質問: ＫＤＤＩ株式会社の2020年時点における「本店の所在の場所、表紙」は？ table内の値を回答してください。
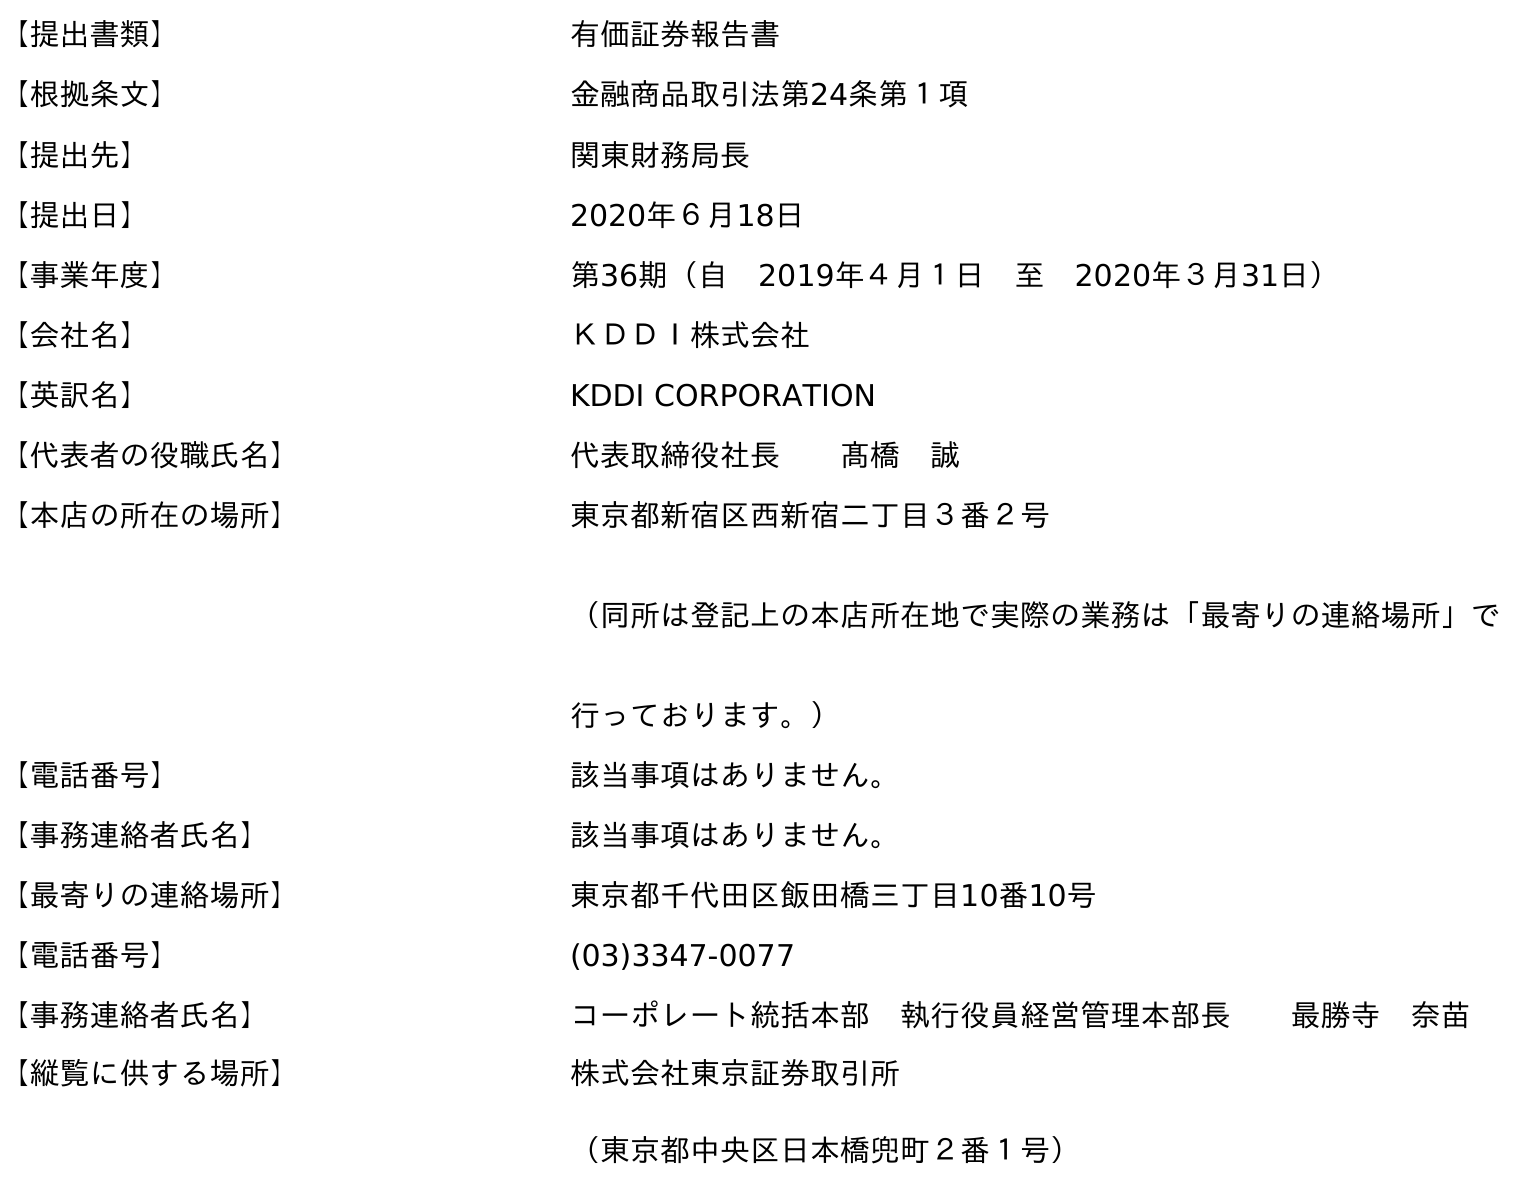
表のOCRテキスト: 【提出書類】 有価証券報告書 【根拠条文】 金融商品取引法第24条第１項 【提出先】 関東財務局長 【提出日】 2020年６月18日 【事業年度】 第36期（自 2019年４月１日 至 2020年３月31日） 【会社名】 ＫＤＤＩ株式会社 【英訳名】 KDDI CORPORATION 【代表者の役職氏名】 代表取締役社長  髙橋 誠 【本店の所在の場所】 東京都新宿区西新宿二丁目３番２号 （同所は登記上の本店所在地で実際の業務は「最寄りの連絡場所」で 行っております。） 【電話番号】 該当事項はありません。 【事務連絡者氏名】 該当事項はありません。 【最寄りの連絡場所】 東京都千代田区飯田橋三丁目10番10号 【電話番号】 (03)3347-0077 【事務連絡者氏名】 コーポレート統括本部 執行役員経営管理本部長  最勝寺 奈苗 【縦覧に供する場所】 株式会社東京証券取引所 （東京都中央区日本橋兜町２番１号）
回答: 東京都新宿区西新宿二丁目３番２号（同所は登記上の本店所在地で実際の業務は「最寄りの連絡場所」で行っております。）